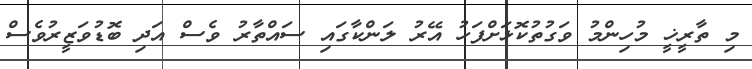
މި ތާރީޚީ މުހިންމު ވަގުތުކޮޅަށްފަހު އޭރު ލަންކާގައި ސައްތާރު ވެސް އަދި ބޮޑުވަޒީރުވެސް